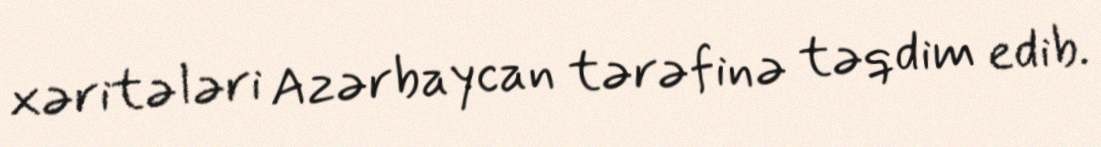
xəritələri Azərbaycan tərəfinə təqdim edib.